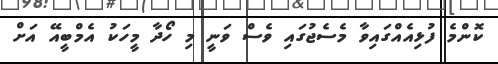
ކޮންމެ ފުޅިއެއްގައިވާ މެސެޖުގައި ވެސް ވަނީ މި ހޯދާ މީހަކު އެމްބީއޭ އަށް